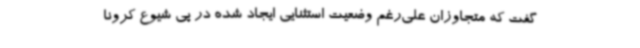
گفت که متجاوزان علی‌رغم وضعیت استثنایی ایجاد شده در پی شیوع کرونا